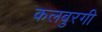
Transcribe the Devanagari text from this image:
कलबुरगी